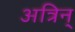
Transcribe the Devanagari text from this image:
अत्रिन्